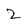
Character: 2